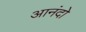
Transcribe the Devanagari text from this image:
आनंदो